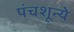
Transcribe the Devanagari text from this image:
पंचशून्ये